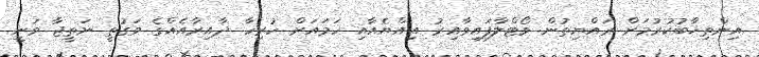
އިންތިޚާބުކުރުމަށް ރައްޔިތުން ވޯޓްލާފައިވާއިރު އިއްޔެއާއި ހަމައަށް ހުރިހާ ދާއިރާއެއްގެ ވަގުތީ ނަތީޖާ ވަނީ